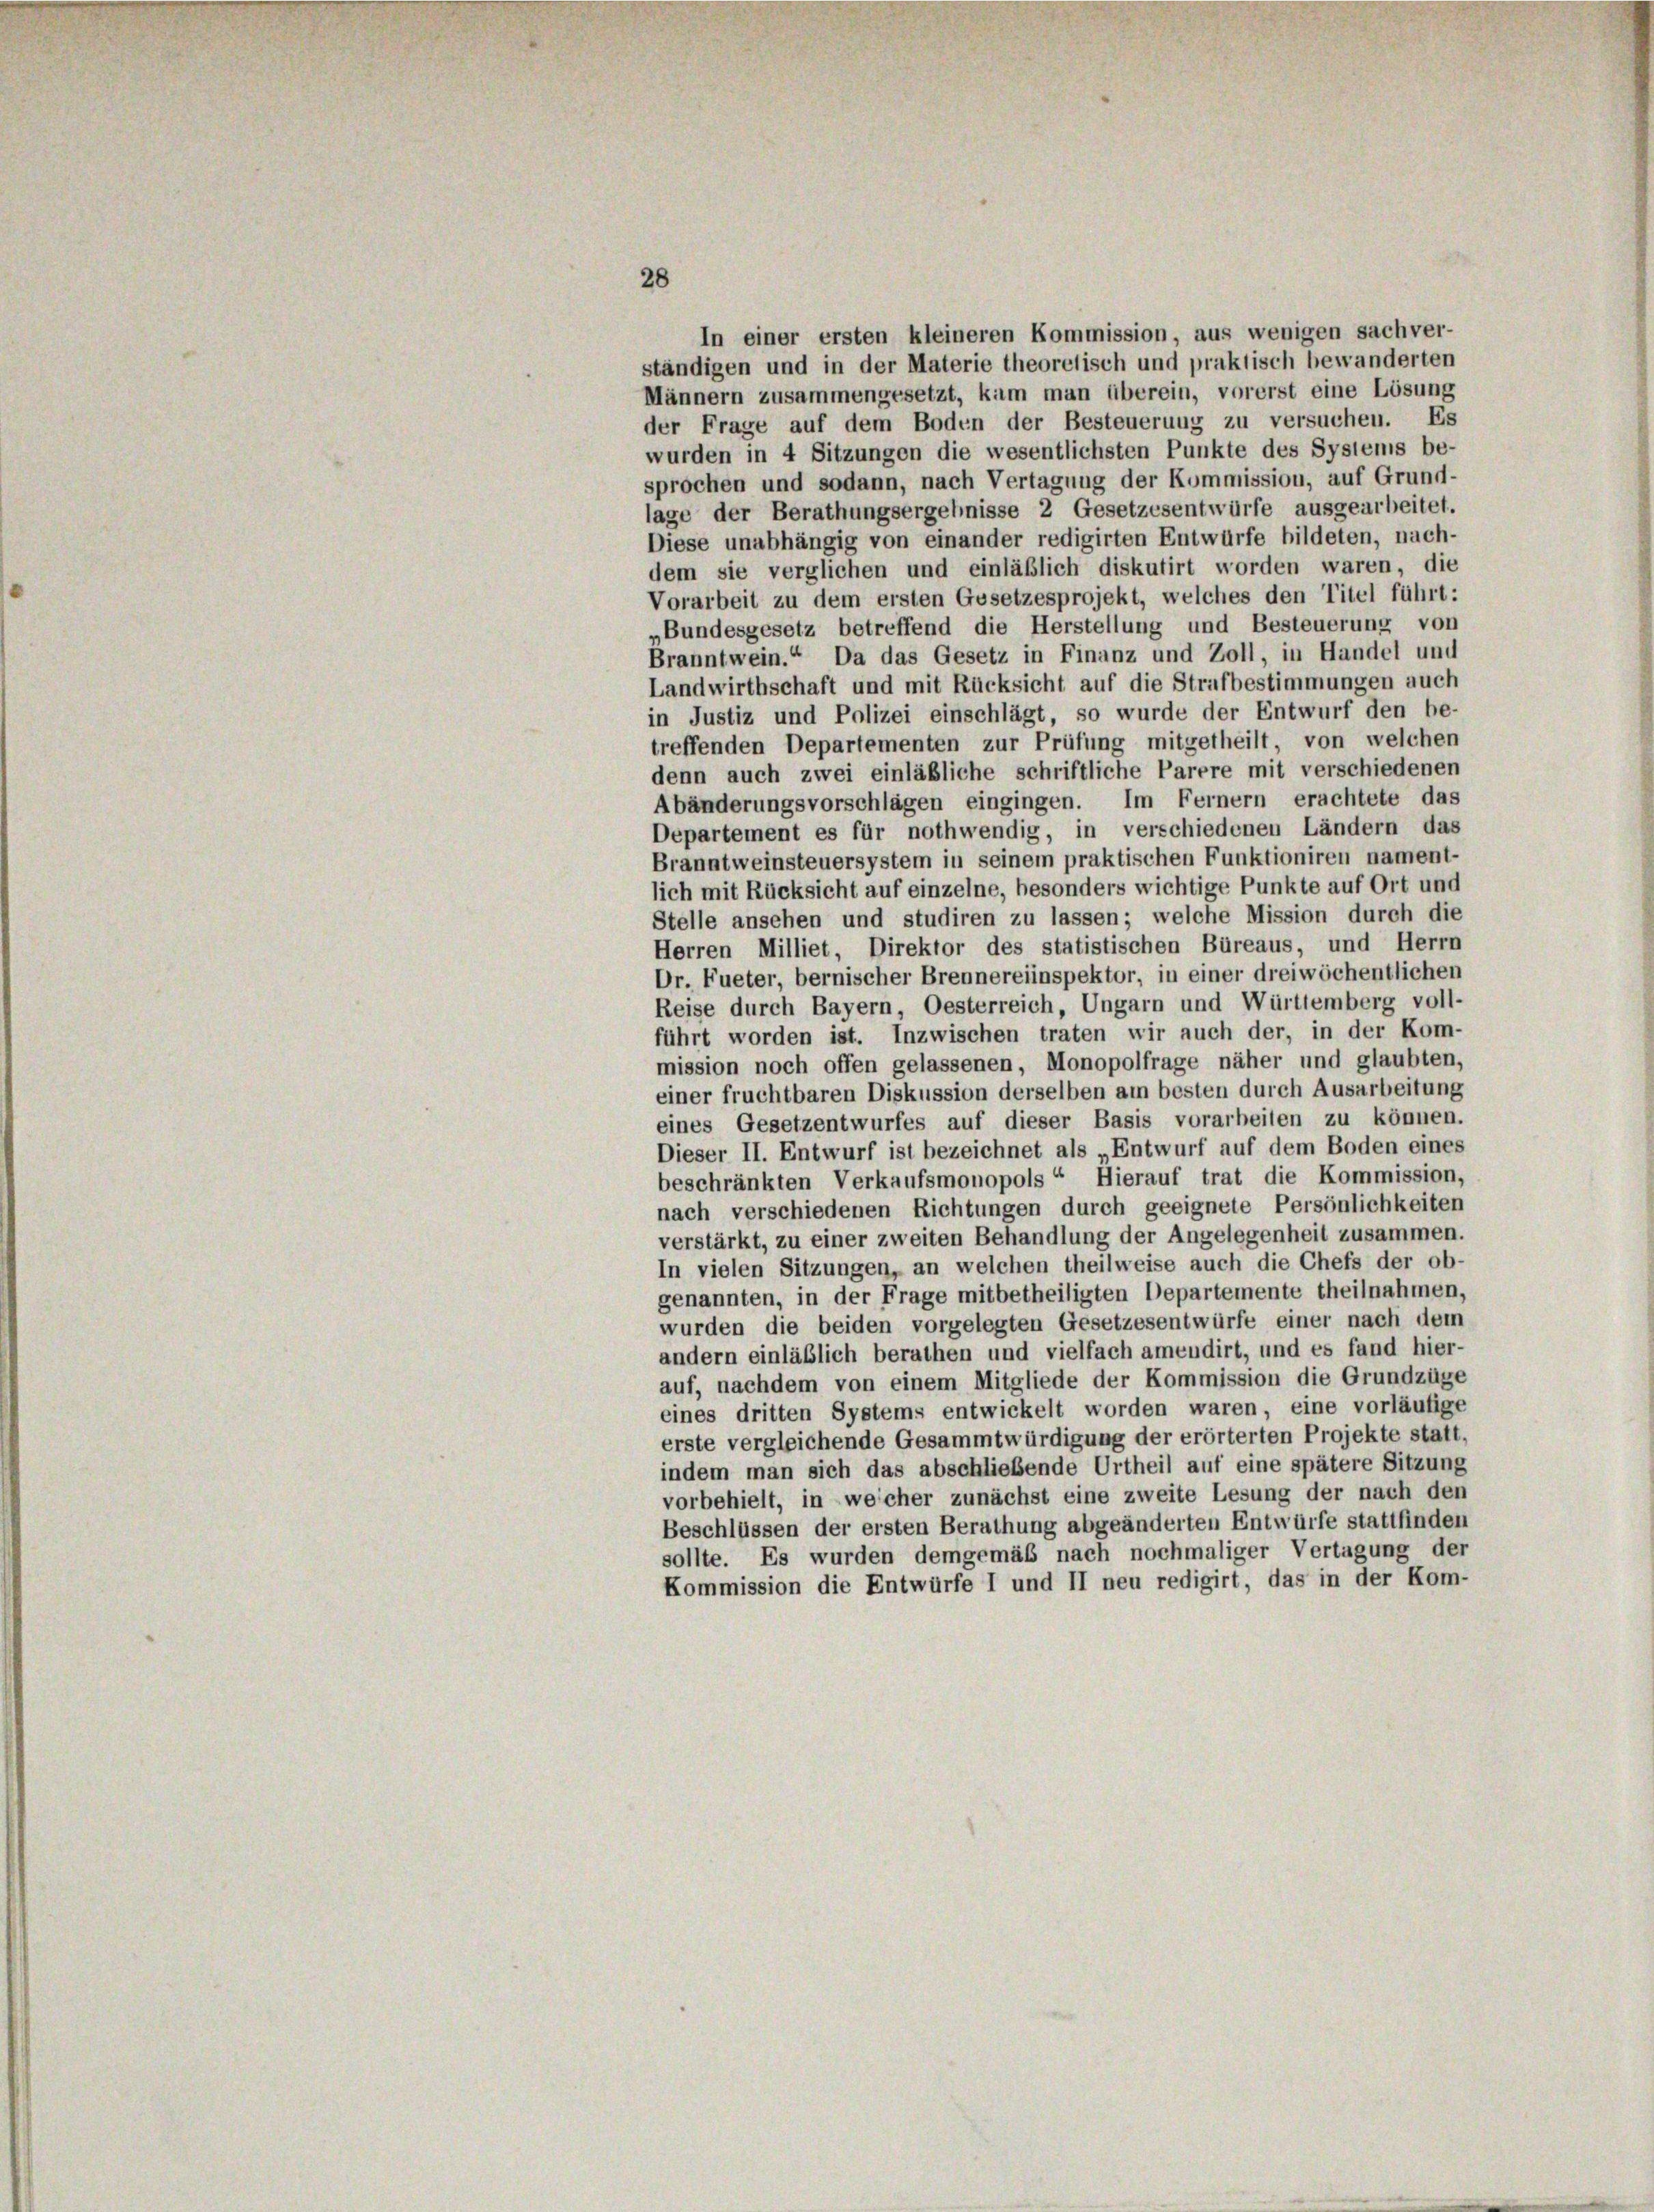
28
In einer ersten kleineren Kommission, aus wenigen sachver-
ständigen und in der Materie theoretisch und praktisch bewanderten
Männern zusammengesetzt, kam man überein, vorerst eine Lösung
der Frage auf dem Boden der Besteuerung zu versuchen. Es
wurden in 4 Sitzungen die wesentlichsten Punkte des Systems be-
sprochen und sodann, nach Vertagung der Kommission, auf Grund-
lage der Berathungsergebnisse 2 Gesetzesentwürfe ausgearbeitet.
Diese unabhängig von einander redigirten Entwürfe bildeten, nach-
dem sie verglichen und einläßlich diskutirt worden waren, die
Vorarbeit zu dem ersten Gesetzesprojekt, welches den Titel führt:
„Bundesgesetz betreffend die Herstellung und Besteuerung von
Branntwein.“ Da das Gesetz in Finanz und Zoll, in Handel und
Landwirthschaft und mit Rücksicht auf die Strafbestimmungen auch
in Justiz und Polizei einschlägt, so wurde der Entwurf den be-
treffenden Departementen zur Prüfung mitgetheilt, von welchen
denn auch zwei einläßliche schriftliche Parere mit verschiedenen
Abänderungsvorschlägen eingingen. Im Fernern erachtete das
Departement es für nothwendig, in verschiedenen Ländern das
Branntweinsteuersystem in seinem praktischen Funktioniren nament-
lich mit Rücksicht auf einzelne, besonders wichtige Punkte auf Ort und
Stelle ansehen und studiren zu lassen; welche Mission durch die
Herren Milliet, Direktor des statistischen Büreaus, und Herrn
Dr. Fueter, bernischer Brennereiinspektor, in einer dreiwöchentlichen
Reise durch Bayern, Oesterreich, Ungarn und Württemberg voll-
führt worden ist. Inzwischen traten wir auch der, in der Kom-
mission noch offen gelassenen, Monopolfrage näher und glaubten,
einer fruchtbaren Diskussion derselben am besten durch Ausarbeitung
eines Gesetzentwurfes auf dieser Basis vorarbeiten zu können.
Dieser II. Entwurf ist bezeichnet als „Entwurf auf dem Boden eines
beschränkten Verkaufsmonopols“ Hierauf trat die Kommission,
nach verschiedenen Richtungen durch geeignete Persönlichkeiten
verstärkt, zu einer zweiten Behandlung der Angelegenheit zusammen.
In vielen Sitzungen, an welchen theilweise auch die Chefs der ob-
genannten, in der Frage mitbetheiligten Departemente theilnahmen,
wurden die beiden vorgelegten Gesetzesentwürfe einer nach dem
andern einläßlich berathen und vielfach amendirt, und es fand hier-
auf, nachdem von einem Mitgliede der Kommission die Grundzüge
eines dritten Systems entwickelt worden waren, eine vorläufige
erste vergleichende Gesammtwürdigung der erörterten Projekte statt,
indem man sich das abschließende Urtheil auf eine spätere Sitzung
vorbehielt, in welcher zunächst eine zweite Lesung der nach den
Beschlüssen der ersten Berathung abgeänderten Entwürfe stattfinden
sollte. Es wurden demgemäß nach nochmaliger Vertagung der
Kommission die Entwürfe I und II neu redigirt, das in der Kom-